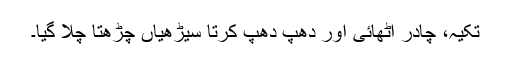
تکیہ، چادر اٹھائی اور دھپ دھپ کرتا سیڑھیاں چڑھتا چلا گیا۔